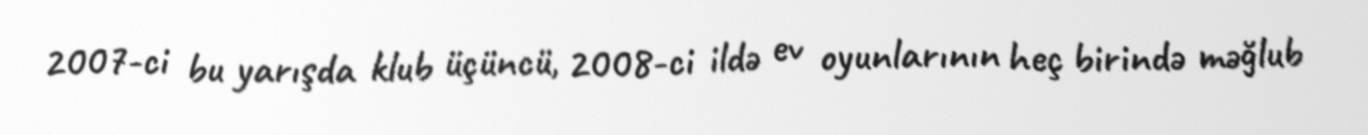
2007-ci bu yarışda klub üçüncü, 2008-ci ildə ev oyunlarının heç birində məğlub